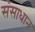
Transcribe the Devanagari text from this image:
संसाधान